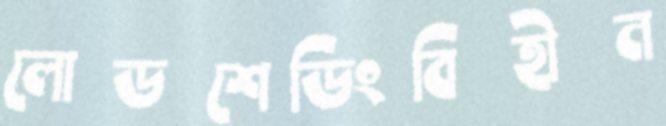
লোডশেডিংবিহীন